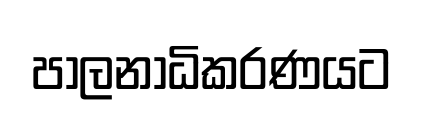
පාලනාධිකරණයට